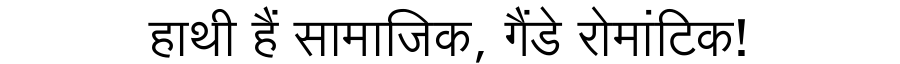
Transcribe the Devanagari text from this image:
हाथी हैं सामाजिक, गैंडे रोमांटिक!